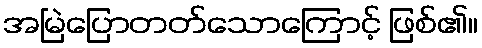
အမြဲပြောတတ်သောကြောင့် ဖြစ်၏။